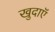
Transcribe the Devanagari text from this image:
खुदाएॅ